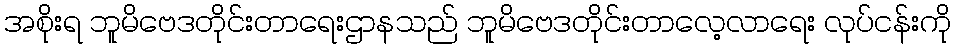
အစိုးရ ဘူမိဗေဒတိုင်းတာရေးဌာနသည် ဘူမိဗေဒတိုင်းတာလေ့လာရေး လုပ်ငန်းကို